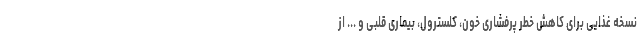
نسخه غذایی برای کاهش خطر پرفشاری خون، کلسترول، بیماری قلبی و ... از